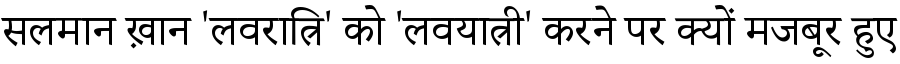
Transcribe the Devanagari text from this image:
सलमान ख़ान 'लवरात्रि' को 'लवयात्री' करने पर क्यों मजबूर हुए